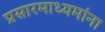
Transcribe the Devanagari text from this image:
प्रसारमाध्यमांना